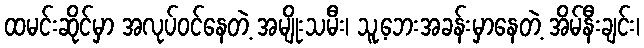
ထမင်းဆိုင်မှာ အလုပ်ဝင်နေတဲ့ အမျိုးသမီး၊ သူ့ဘေးအခန်းမှာနေတဲ့ အိမ်နီးချင်း၊